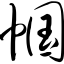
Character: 帼